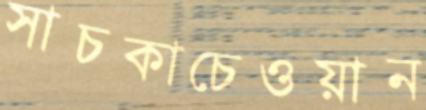
সাচকাচেওয়ান